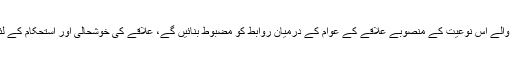
علاقے کی اقتصادی ترقی کے ساتھ تعاون کرنے والے اس نوعیت کے منصوبے علاقے کے عوام کے درمیان روابط کو مضبوط بنائیں گے، علاقے کی خوشحالی اور استحکام کے لئے مضبوط بنیادیں تشکیل دینا جاری رکھیں گے۔